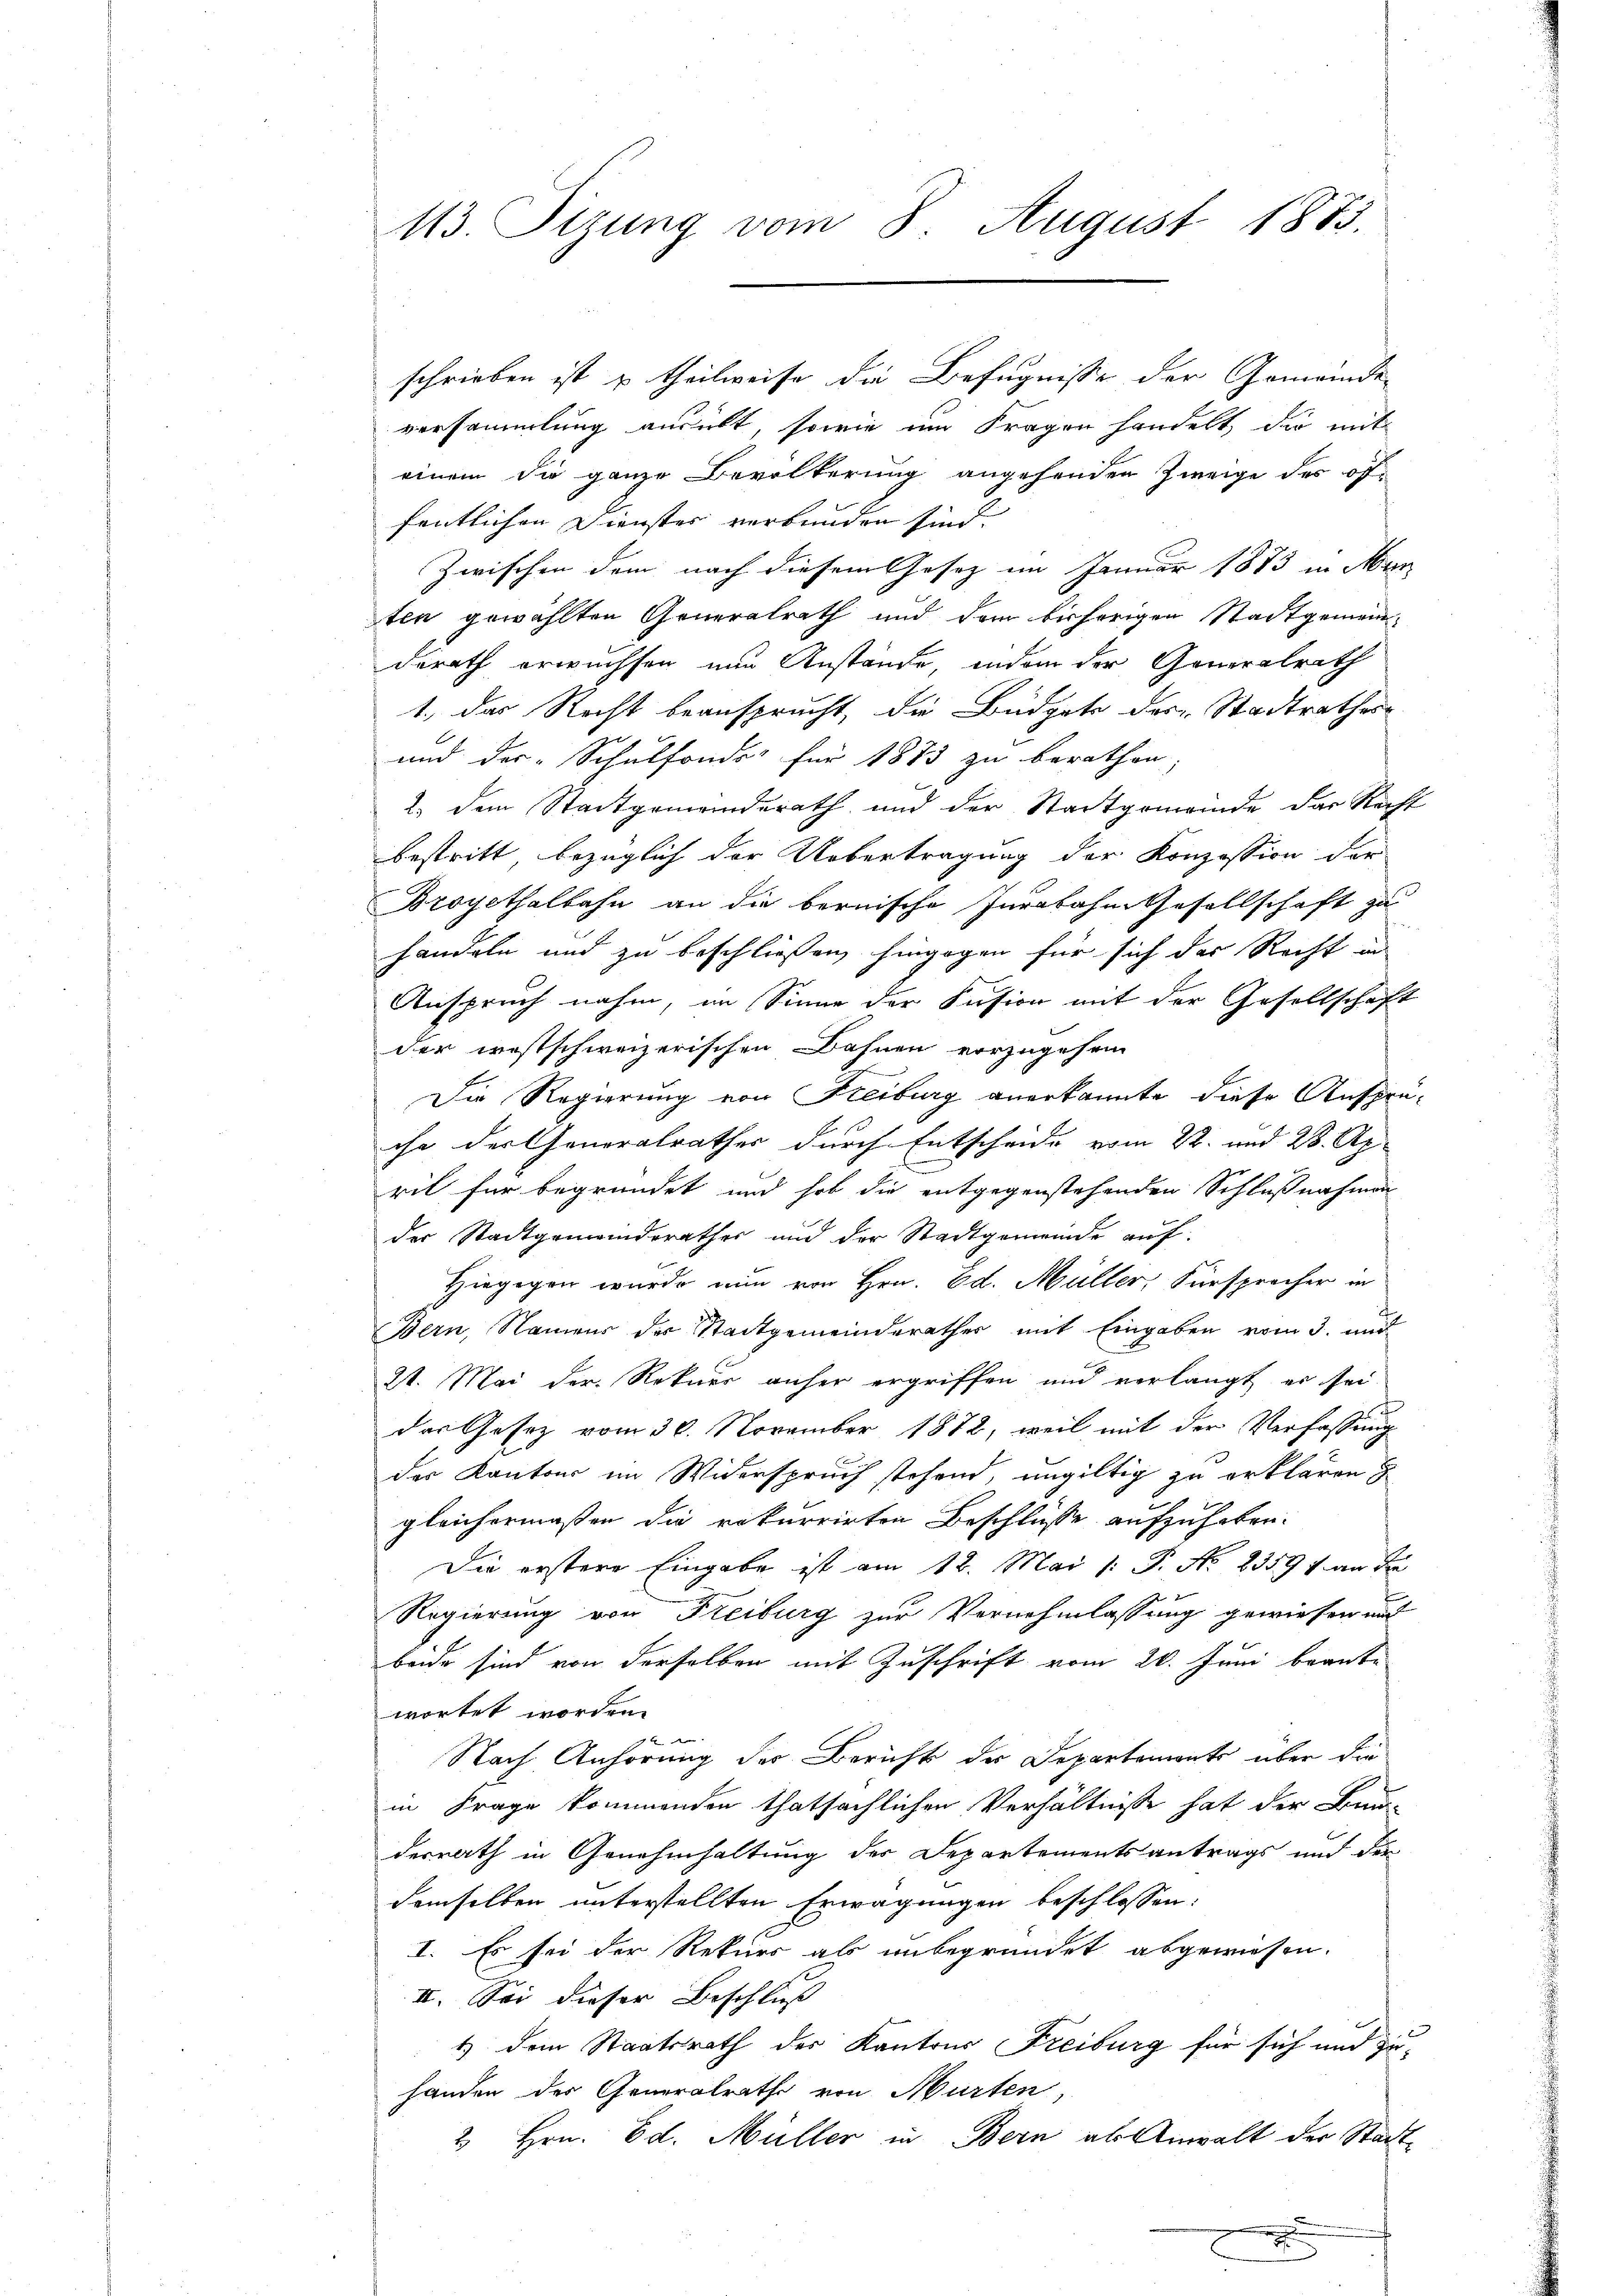
113. Sizung vom 8. August 1883.

versammlung ausübt, sowie im Fragen handelt, die mit
einem die ganze Bevölkerung angehenden Zweige der öffentlichen Dienstes verbunden sind.
Zwischen dem nach diesem Gesetz im Januar 1873 in Mann
ten gewählten Generalrath und dem bisherigen Stadtgemeinderath erwüchsen und Anstände, indem der Generalrath
1. das Recht beansprucht, die Büdgete des Stadtrathes
und der Schulfonds für 1873 zu berathen
2.) Dem Stadtgemeinderath und der Stadtgemeinde das Recht
bestritt, bezüglich der Uebertragung der Konzession der
Broyethalbahn an die bernische Jurabahm Gesellschaft zu
handeln und zu beschließen hingegen für sich der Recht in
Anspruch nahm, im Sinne der Fusion mit der Gesellschaft
der westschweizerischen Bahnen vorzugehen
Die Regierung von Freiburg anerkannte diese Ansprü-
che der Generalrathes durch Entscheide vom 22. und 28. Ap
rit für begründet und hob die entgegenstehenden Schlußnahmen
der Stadtgemeinderathes und der Stadtgemeinde auf:
Hiegegen wurde nun von Hrn. Ed. Müller, Fürsprecher in
Bern, Namens der Stadtgemeinderathes mit Eingaben vom 3. und
21. Mai der Rekurs anher ergriffen und verlangt er sei
das Gesetz vom 30. November 1872, weil mit der Verfassung
der Kantons im Widerspruch stehend, ungültig zu erklären
gleichermaßen die rekurrirten Beschlüsse aufzuheben.
Die erstere Eingabe ist am 12. Mai /: P. No. 2359 f. an de
Regierung von Freiburg zur Vernehmlassung gewiesen und
beide sind von derselben mit Zuschrift vom 20. Juni beante
wortet worden.
Nach Anhörung der Bericht der Departements über die
in Frage kommenden thatsächlichen Verhältnisse hat der Bau-
derrath in Genehmhaltung der Departementsantrags und der
demselben unterstellten Erwägungen beschlossen:
I. Es sei der Rekurs als unbegründet abgewiesen.
II. Sei dieser Beschluß
1) dem Staatsrath der Kantons Freiburg für sich und zuhanden der Generalrathe von Murten,
2 Hrn. Ed. Müller in Bern als Anwalt der Stadt-

schrieben ist u. theilweise die Befugnisse der Gemeinde¬